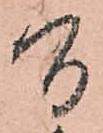
間